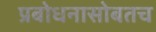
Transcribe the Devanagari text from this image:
प्रबोधनासोबतच